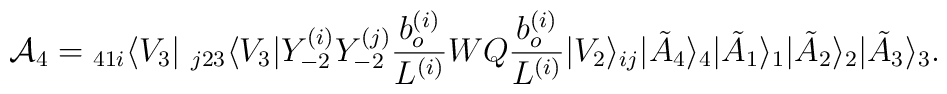
{\cal A}_{4} ={}_{41i}\langle V_3|  ~_{j23}\langle V_3|  Y_{-2}^{(i)} Y_{-2}^{(j)}\frac{b^{(i)}_o}{L^{(i)}} WQ \frac{b^{(i)}_o}{L^{(i)}}  |V_2\rangle_{ij}|\tilde{A} _{4} \rangle_{4}|\tilde{A} _{1} \rangle_{1}|\tilde{A} _{2} \rangle_{2}|\tilde{A} _{3} \rangle_{3}.